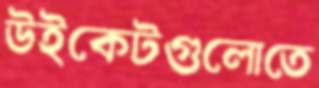
উইকেটগুলোতে